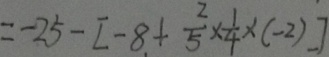
= - 2 5 - [ - 8 + \frac { 2 } { 5 } \times \frac { 1 } { 4 } \times ( - 2 ) ]